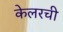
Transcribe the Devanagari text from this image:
केलरची